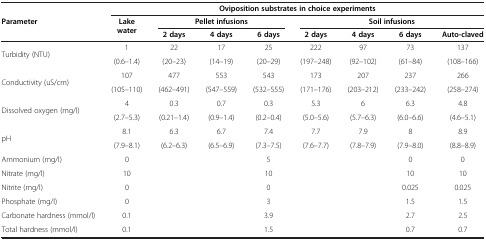
<table><thead><tr><td rowspan="3"><b>Parameter</b></td><td colspan="8"><b>Oviposition substrates in choice experiments</b></td></tr><tr><td rowspan="2"><b>Lake water</b></td><td colspan="3"><b>Pellet infusions</b></td><td colspan="4"><b>Soil infusions</b></td></tr><tr><td><b>2 days</b></td><td><b>4 days</b></td><td><b>6 days</b></td><td><b>2 days</b></td><td><b>4 days</b></td><td><b>6 days</b></td><td><b>Auto-claved</b></td></tr></thead><tbody><tr><td rowspan="2">Turbidity (NTU)</td><td>1</td><td>22</td><td>17</td><td>25</td><td>222</td><td>97</td><td>73</td><td>137</td></tr><tr><td>(0.6–1.4)</td><td>(20–23)</td><td>(14–19)</td><td>(20–29)</td><td>(197–248)</td><td>(92–102)</td><td>(61–84)</td><td>(108–166)</td></tr><tr><td rowspan="2">Conductivity (uS/cm)</td><td>107</td><td>477</td><td>553</td><td>543</td><td>173</td><td>207</td><td>237</td><td>266</td></tr><tr><td>(105–110)</td><td>(462–491)</td><td>(547–559)</td><td>(532–555)</td><td>(171–176)</td><td>(203–212)</td><td>(233–242)</td><td>(258–274)</td></tr><tr><td rowspan="2">Dissolved oxygen (mg/l)</td><td>4</td><td>0.3</td><td>0.7</td><td>0.3</td><td>5.3</td><td>6</td><td>6.3</td><td>4.8</td></tr><tr><td>(2.7–5.3)</td><td>(0.21–1.4)</td><td>(0.9–1.4)</td><td>(0.2–0.4)</td><td>(5.0–5.6)</td><td>(5.7–6.3)</td><td>(6.0–6.6)</td><td>(4.6–5.1)</td></tr><tr><td rowspan="2">pH</td><td>8.1</td><td>6.3</td><td>6.7</td><td>7.4</td><td>7.7</td><td>7.9</td><td>8</td><td>8.9</td></tr><tr><td>(7.9–8.1)</td><td>(6.2–6.3)</td><td>(6.5–6.9)</td><td>(7.3–7.5)</td><td>(7.6–7.7)</td><td>(7.8–7.9)</td><td>(7.9–8.0)</td><td>(8.8–8.9)</td></tr><tr><td>Ammonium (mg/l)</td><td>0</td><td rowspan="6" colspan="2"> </td><td>5</td><td rowspan="6" colspan="2"> </td><td>0</td><td>0</td></tr><tr><td>Nitrate (mg/l)</td><td>10</td><td>10</td><td>10</td><td>10</td></tr><tr><td>Nitrite (mg/l)</td><td>0</td><td>0</td><td>0.025</td><td>0.025</td></tr><tr><td>Phosphate (mg/l)</td><td>0</td><td>3</td><td>1.5</td><td>1.5</td></tr><tr><td>Carbonate hardness (mmol/l)</td><td>0.1</td><td>3.9</td><td>2.7</td><td>2.5</td></tr><tr><td>Total hardness (mmol/l)</td><td>0.1</td><td>1.5</td><td>0.7</td><td>0.7</td></tr></tbody></table>